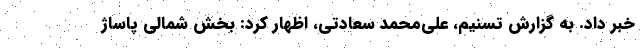
خبر داد. به گزارش تسنیم، علی‌محمد سعادتی، اظهار کرد: بخش شمالی پاساژ